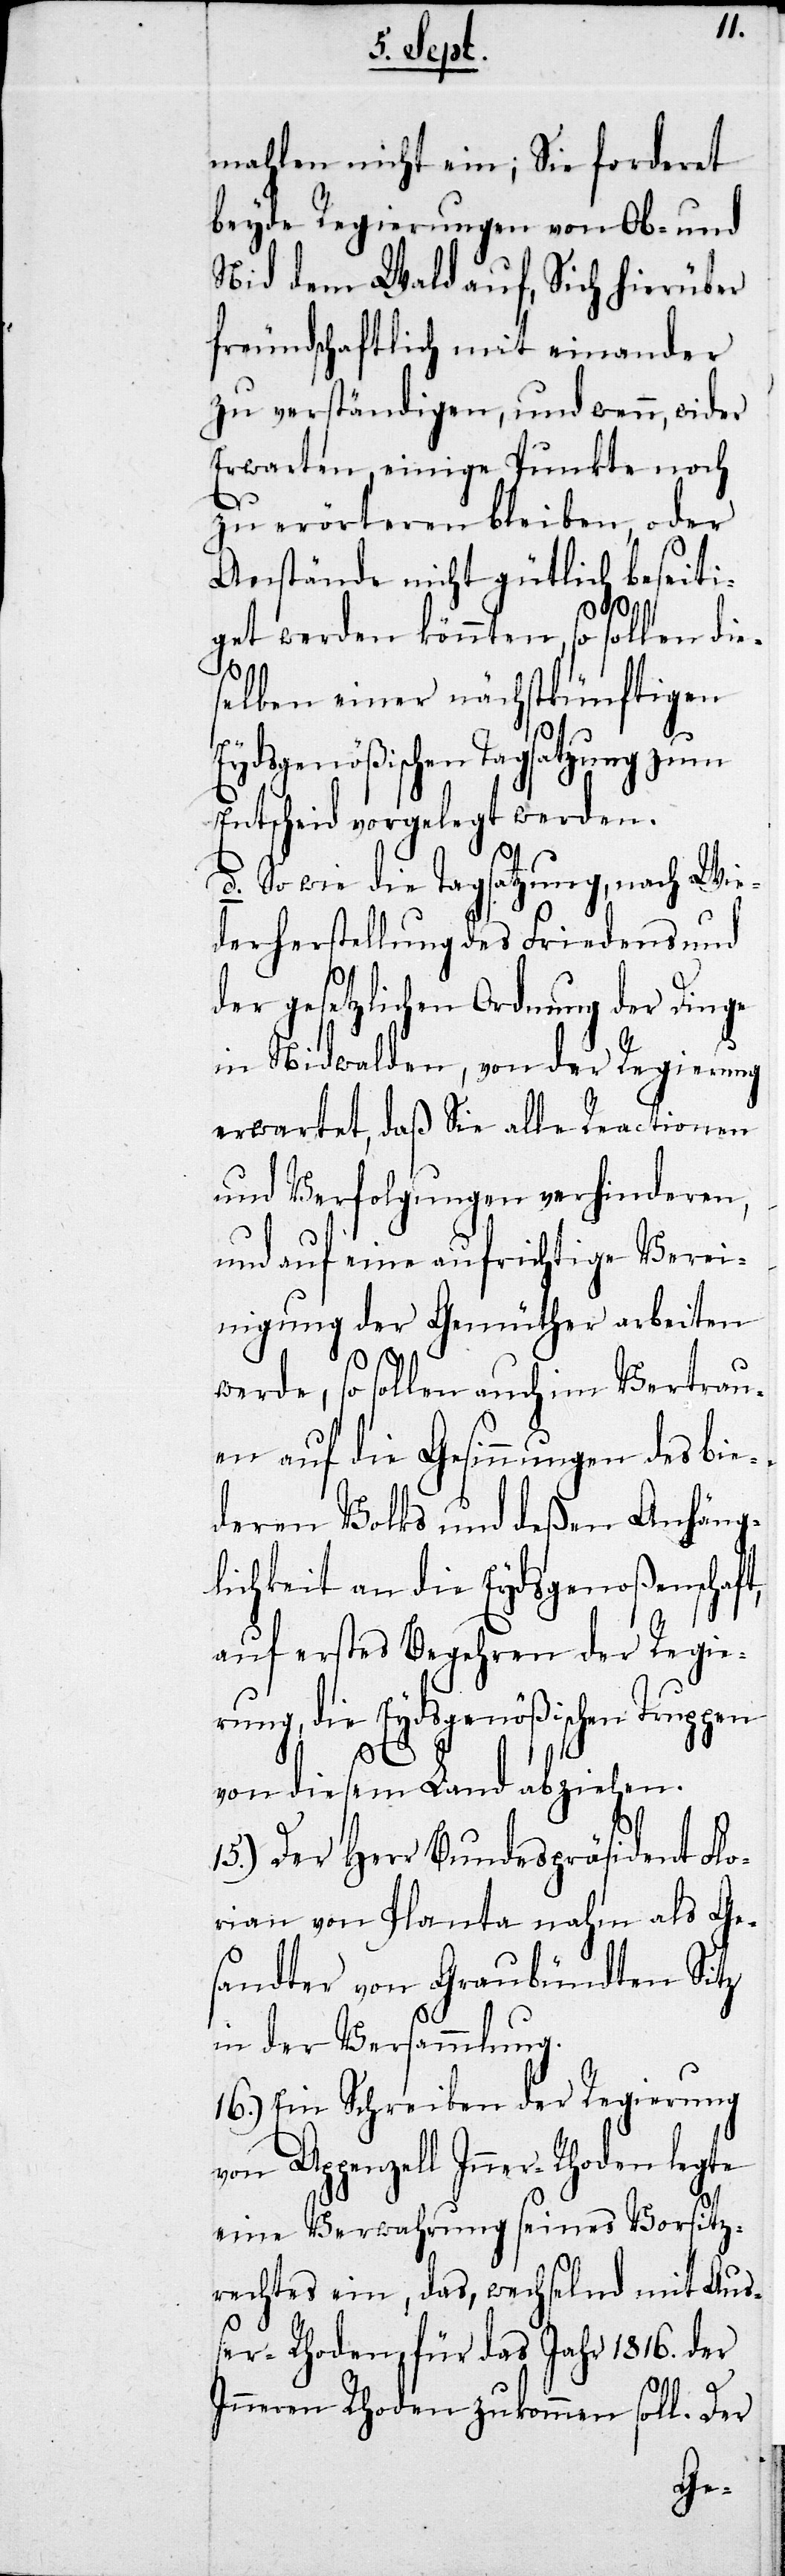
mahlen nicht ein; Sie fordert
beyde Regierungen von Ob- und
Nid dem Wald auf, Sich hierüber
freundschaftlich mit einander
zu verständigen, und wenn, wider
Erwarten einige Punkte noch
zu erörteren bleiben, oder
Anstände nicht gütlich beseiti¬
get werden könnten, so sollen die¬
selben einer nächstkünftigen
Eydsgenößischen Tagsatzung zum
Entscheid vorgelegt werden.
d. So wie die Tagsatzung, nach Wie¬
derherstellung des Friedens und
der gesetzlichen Ordnung der Dinge
in Nidwalden, von der Regierung
erwartet, daß Sie alle Reactionen
und Verfolgungen verhinderen,
und auf eine aufrichtige Verei¬
nigung der Gemüther arbeiten
werde, so sollen auch im Vertrau¬
en auf die Gesinnungen des bie¬
deren Volks und deßen Anhäng¬
lichkeit an die Eydsgenoßenschaft,
auf erstes Begehren der Regie¬
rung, die Eydsgenößischen Truppen
von diesem Land abziehen.
15.) Der Herr Bundespräsident Flo¬
rian von Planta nahm als Ge¬
sandter von Graubündten Sitz
in der Versammlung.
16.) Ein Schreiben der Regierung
von Appenzell Inner-Rhoden legte
eine Verwahrung seines Vorsitz¬
rechtes ein, das, wechselnd mit Auß¬
er-Rhoden für das Jahr 1816. der
Inneren Rhoden zukommen soll. Der